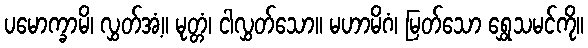
ပမောက္ခာမိ၊ လွှတ်အံ့။ မုတ္တံ၊ ငါလွှတ်သော။ မဟာမိဂံ၊ မြတ်သော ရွှေသမင်ကို။